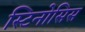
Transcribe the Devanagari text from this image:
स्टिनोसिस